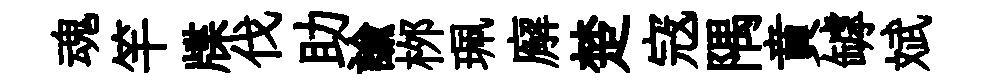
魂竿牒伐助諭桞珮廨楚𡨥隅賁罅斌